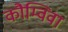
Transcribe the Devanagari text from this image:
कौम्विवा